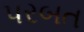
પરબત